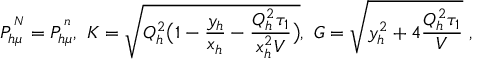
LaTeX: P _ { h \mu } ^ { ^ N } = P _ { h \mu } ^ { ^ n } , \ K = \sqrt { Q _ { h } ^ { 2 } \bigl ( 1 - \frac { y _ { h } } { x _ { h } } - \frac { Q _ { h } ^ { 2 } \tau _ { 1 } } { x _ { h } ^ { 2 } V } \bigr ) } , \ G = \sqrt { y _ { h } ^ { 2 } + 4 \frac { Q _ { h } ^ { 2 } \tau _ { 1 } } { V } } \ ,